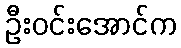
ဦးဝင်းအောင်က